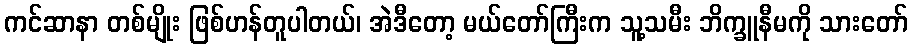
ကင်ဆာနာ တစ်မျိုး ဖြစ်ဟန်တူပါတယ်၊ အဲဒီတော့ မယ်တော်ကြီးက သူ့သမီး ဘိက္ခူနီမကို သားတော်